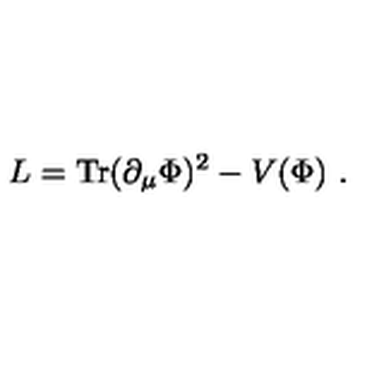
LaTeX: L = \mathrm { T r } ( \partial _ { \mu } \Phi ) ^ { 2 } - V ( \Phi ) \ .